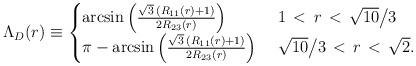
LaTeX: \begin{align*}\Lambda_D(r)\equiv\begin{cases} \arcsin\Big(\frac{\sqrt{3}\, (R_{11}(r)+1)}{2 R_{23}(r)}\Big)\ &1\,<\,r\,<\,\sqrt{10}\big/3\\ \pi - \arcsin\Big(\frac{\sqrt{3}\, (R_{11}(r)+1)}{2 R_{23}(r)}\Big)\ &\sqrt{10}\big/3\,<\,r\,<\,\sqrt{2}.\\\end{cases}\end{align*}